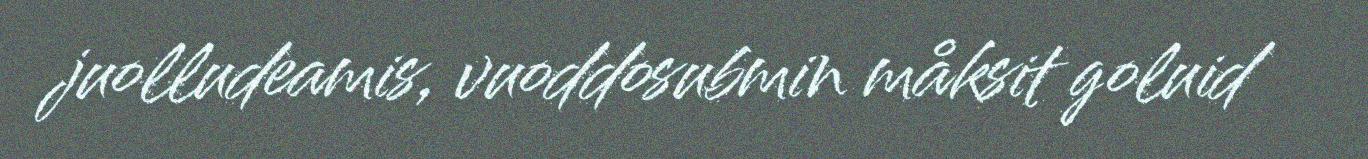
juolludeamis, vuoddosubmin måksit goluid